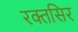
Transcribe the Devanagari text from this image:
रक्तसिर